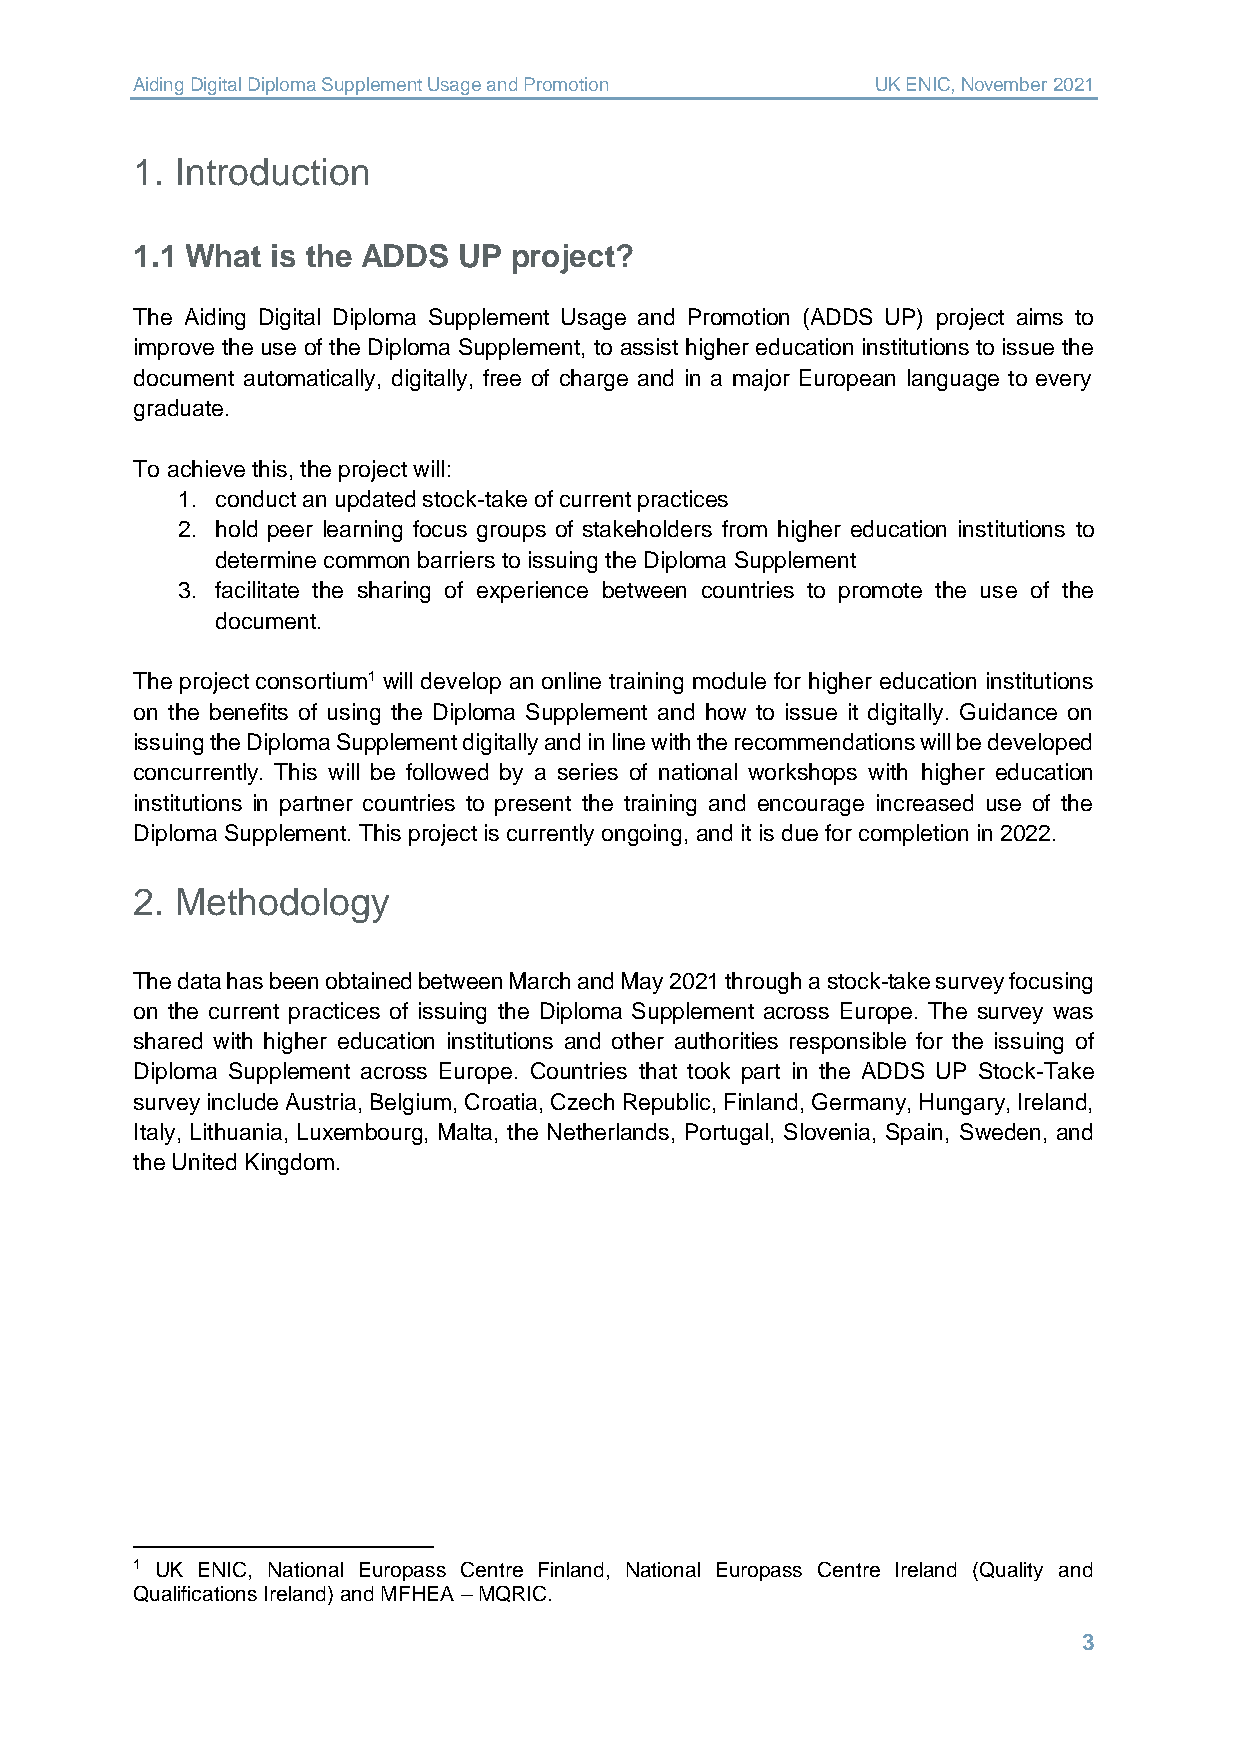
Aiding Digital Diploma Supplement Usage and Promotion UK ENIC, November 2021
 1. Introduction
 1.1 What is the ADDS UP  project?
 The Aiding Digital Diploma Supplement Usage and Promotion (ADDS UP) project aims to
 improve the use of the Diploma Supplement, to assist higher education institutions to issue the
 document automatically, digitally, free of charge and in a major European language to every
 graduate.
 To achieve this, the project will:
 1. conduct an updated stock-take of current practices
 2. hold peer learning focus groups of stakeholders from higher education institutions to
 determine common barriers to issuing the Diploma Supplement
 3. facilitate the sharing of experience between countries to promote the use of the
 document.
 The project consortium1 will develop an online training module for higher education institutions
 on the benefits of using the Diploma Supplement and how to issue it digitally. Guidance on
 issuing the Diploma Supplement digitally and in line with the recommendations will be developed
 concurrently. This will be followed by a series of national workshops with higher education
 institutions in partner countries to present the training and encourage increased use of the
 Diploma Supplement. This project is currently ongoing, and it is due for completion in 2022.
 2. Methodology
 The data has been obtained between March and May 2021 through a stock-take survey focusing
 on the current practices of issuing the Diploma Supplement across Europe. The survey was
 shared with higher education institutions and other authorities responsible for the issuing of
 Diploma Supplement across Europe. Countries that took part in the ADDS UP Stock-Take
 survey include Austria, Belgium, Croatia, Czech Republic, Finland, Germany, Hungary, Ireland,
 Italy, Lithuania, Luxembourg, Malta, the Netherlands, Portugal, Slovenia, Spain, Sweden, and
 the United Kingdom.
 1 UK ENIC, National Europass Centre Finland, National Europass Centre Ireland (Quality and
 Qualifications Ireland) and MFHEA – MQRIC.
 3